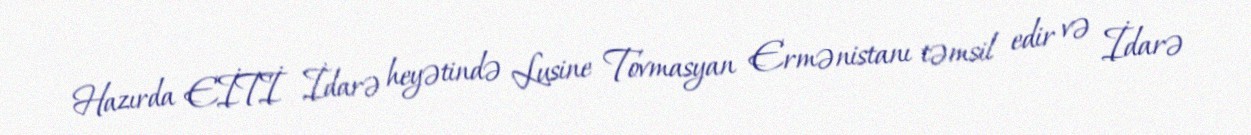
Hazırda EİTİ İdarə heyətində Lusine Tovmasyan Ermənistanı təmsil edir və İdarə